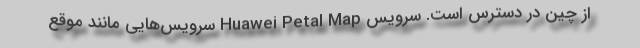
از چین در دسترس است. سرویس Huawei Petal Map سرویس‌هایی مانند موقع